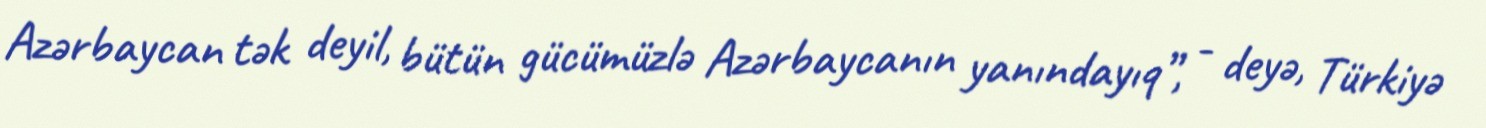
Azərbaycan tək deyil, bütün gücümüzlə Azərbaycanın yanındayıq”, - deyə, Türkiyə